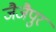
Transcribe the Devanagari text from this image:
जैजैपुर